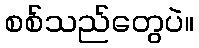
စစ်သည်တွေပဲ။